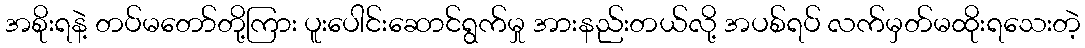
အစိုးရနဲ့ တပ်မတော်တို့ကြား ပူးပေါင်းဆောင်ရွက်မှု အားနည်းတယ်လို့ အပစ်ရပ် လက်မှတ်မထိုးရသေးတဲ့